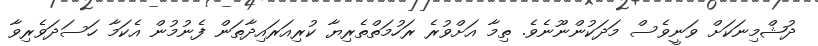
ދުޝްމިނަކަށް ވަނީވެސް މަދަކުންނޫނެވެ. ތިމާ އަށްވުރެ ރަހުމަތްތެރިޔާ ކުރިއަރައިދާތަން ފެނުމުން އެކަމާ ހަސަދަވެރިވާ